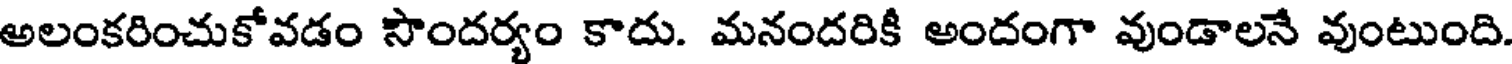
అలంకరించుకోవడం సొందర్యం కాదు. మనందరికి అందంగా వుండాలనే వుంటుంది.